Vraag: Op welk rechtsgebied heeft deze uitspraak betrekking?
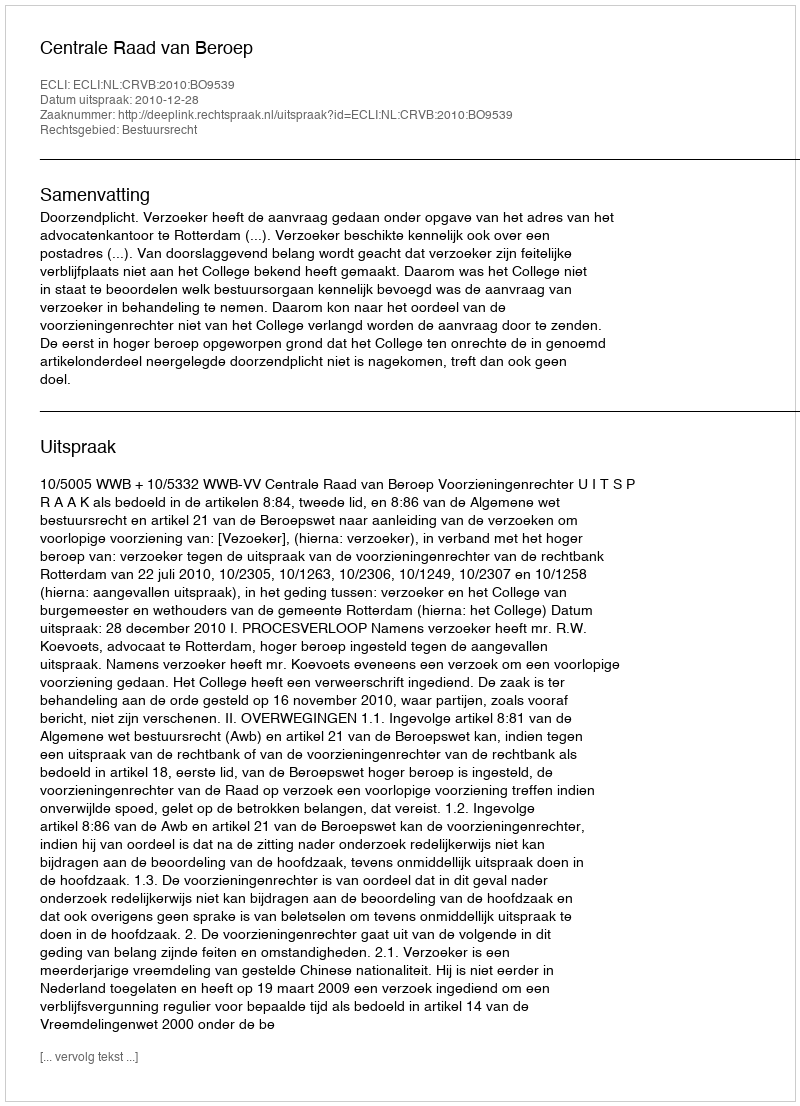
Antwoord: Bestuursrecht